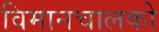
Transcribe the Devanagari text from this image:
विमानचालको